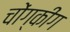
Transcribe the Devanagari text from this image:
चोंग्कींग